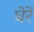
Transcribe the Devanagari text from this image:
घेरें